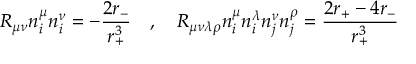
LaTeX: R _ { \mu \nu } n _ { i } ^ { \mu } n _ { i } ^ { \nu } = - { \frac { 2 r _ { - } } { r _ { + } ^ { 3 } } } ~ ~ ~ , ~ ~ ~ R _ { \mu \nu \lambda \rho } n _ { i } ^ { \mu } n _ { i } ^ { \lambda } n _ { j } ^ { \nu } n _ { j } ^ { \rho } = { \frac { 2 r _ { + } - 4 r _ { - } } { r _ { + } ^ { 3 } } } ~ ~ ~